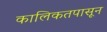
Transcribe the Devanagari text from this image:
कालिकतपासून